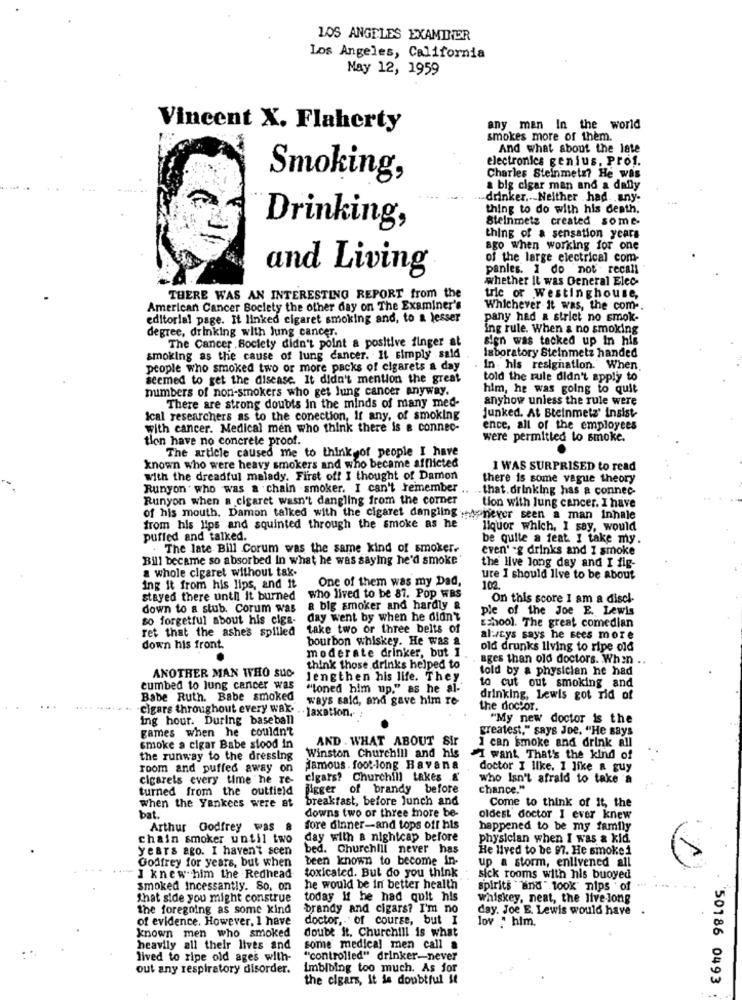
LOS ANGELES EXAMINER
Los Angeles, California
May 12, 1959
Vincent X. Flaherty
any man In the world
smokes more of them.
And what about the late
electronics genius, Prof.
Smoking,
Charles Steinmetz? He Was
a big cigar man and a daily
drinker. Neither .had .. any.
thing to do with his death.
Steinmetz created some
Drinking,
thing of a sensation years
ago when working for one
of the large electrical com-
and Living
panles. 1 do not . recall
whether it was General Elec-
THERE WAS AN INTERESTING REPORT from the
tric or Westinghouse,
American Cancer Society the other day on The Examiner's
Whichever it was, the com -.
editorial page. It linked cigaret smoking and, to a lesser
pany had a strict no smok-
degree, drinking with lung cancer.
ing rule. When a no smoking
The Cancer Society didn't point a positive finger at
sign was tacked up In his
laboratory Steinmetz handed
smoking as the cause of lung cancer. It simply said
people who smoked two or more packs of cigarets a day
In- his resignation. When.
seemed to get the disease. It didn't mention the great
told the rule didn't apply to
numbers of non-smokers who get lung cancer anyway.
him, he was going to quit
anyhow unless the rule were
There are strong doubts in the minds of many med-
Junked. At Steinmetz' insist
Ical researchers as to the conection, If any, of smoking
with cancer. Medical men who think there is a connec-
ence, all of the employees
tion have no concrete proof.
were permitted to smoke.
The article caused me to think of people I have
known who were heavy smokers and who became afflicted
1 WAS SURPRISED to read
with the dreadful malady. First off I thought of Damon
there is some vague theory
Runyon ' who was a chain smoker. I can't remember .. .. that. drinking has a connec-
Runyon when a cigaret wasn't dangling from the corner
tion with lung cancer. I have
of his mouth, Damon talked with the cigaret dangling whonever seen a man inhale
from his lips and squinted through the smoke as he
liquor which, I say, would
puffed and talked.
be quite a feat. I take my.
. The late Bill Corum was the same kind of smoker.
even' -g drinks and I smoke
Bill became so absorbed in what he was saying he'd smoke'
the live long day and I fig-
a whole cigaret without tak-
One of them was my Dad,
ure I should live to be about
ing it from his lips, and it
102.
stayed there until it burned
who lived to be 87. Pop WAS
On this score I am a discl
down to a stub. Corum was
& big smoker and hardly &
ple of the Joe E. Lewis
so forgetful about his ciga- day went by when he didn't
school. The great comedian
ret that the ashes spilled
take two or three belts of
bourbon whiskey. He was a
alusys says he sees more
down his front.
moderate drinker, but I
old drunks living to ripe old
ages than old doctors. When ..
think those drinks helped to
told by a physician he had
ANOTHER MAN WHO SUO
lengthen his life. They.
to cut out smoking and
cumbed to lung cancer was
"loned him up," as he al."
Babe Ruth. Babe smoked ways said, and gave him re-
drinking, Lewis got rid of
cigars throughout every wak. ..
. . laxation,
the doctor.
ing hour. During baseball
"My new doctor is the
games when he couldn't
greatest." says Joe. "He says
AND . WHAT ABOUT Sir
I can smoke and drink all
smoke a cigar Babe stood in
the runway to the dressing
Winston Churchill and his
I want That's the kind of
room and puffed away on
famous . foot-long Bavana
doctor I like. I like a guy
cigarels every time he re-
cigars? Churchill takes &
who Isn't afraid to take a
turned from the outfield
Bigger of brandy before
chance."
when the Yankees were at
breakfast, before lunch and
Come to think of it, the
bat.
downs two or three more be-
oldest doctor I ever knew
Arthur Godfrey was
fore dinner-and tops off his
happened to be my family
chain smoker until two
day with a nightcap before
physician when I was a kid.
years ago. I haven't seen
bed. Churchill never has
He lived to be 97. He smoke i
Godfrey for years, but when
been known to become in-
up a storm, enlivened all
toxicated. But do you think
I knew him the Redhead
sick rooms with his buoyed
smoked Incessantly. So, on
he would be in better health
spirits "and " look" nips of
Shat side you might construe
today if he had quit his
whiskey, neat, the live-long
the foregoing as some kind
brandy and cigars? I'm no
day. Joe E. Lewis would have
of evidence. However, 1 have
doctor, of course, but I
lov . him.
known men who smoked
doubt it. Churchill is what
heavily all their lives and
some medical men call a
lived to ripe old ages with-
"controlled" drinker-never
out any respiratory disorder.
Imbibing too much. As for
the cigars, it is doubtful It
`50186 0493